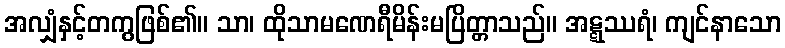
အလျှံနှင့်တကွဖြစ်၏။ သာ၊ ထိုသာမဏေရီမိန်းမပြိတ္တာသည်။ အဋ္ဋဿရံ၊ ကျင်နာသော